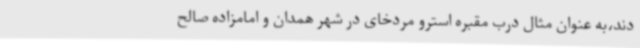
دند،به عنوان مثال درب مقبره استرو مردخای در شهر همدان و امامزاده صالح